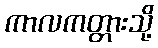
ကာလကတ္တားသို့